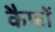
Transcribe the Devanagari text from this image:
कैफों